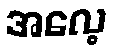
အလေ့